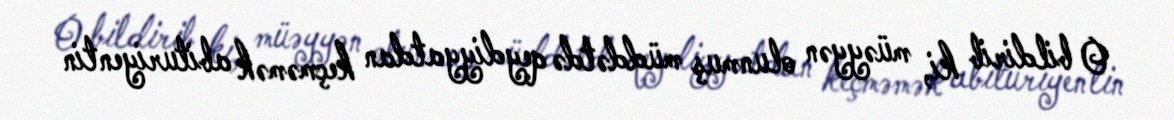
O bildirib ki, müəyyən olunmuş müddətdə qeydiyyatdan keçməmək abituriyentin